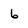
Character: 6